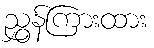
ညွှန်ကြားထား